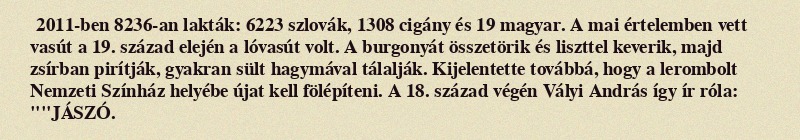
2011-ben 8236-an lakták: 6223 szlovák, 1308 cigány és 19 magyar. A mai értelemben vett vasút a 19. század elején a lóvasút volt. A burgonyát összetörik és liszttel keverik, majd zsírban pirítják, gyakran sült hagymával tálalják. Kijelentette továbbá, hogy a lerombolt Nemzeti Színház helyébe újat kell fölépíteni. A 18. század végén Vályi András így ír róla: ""JÁSZÓ.